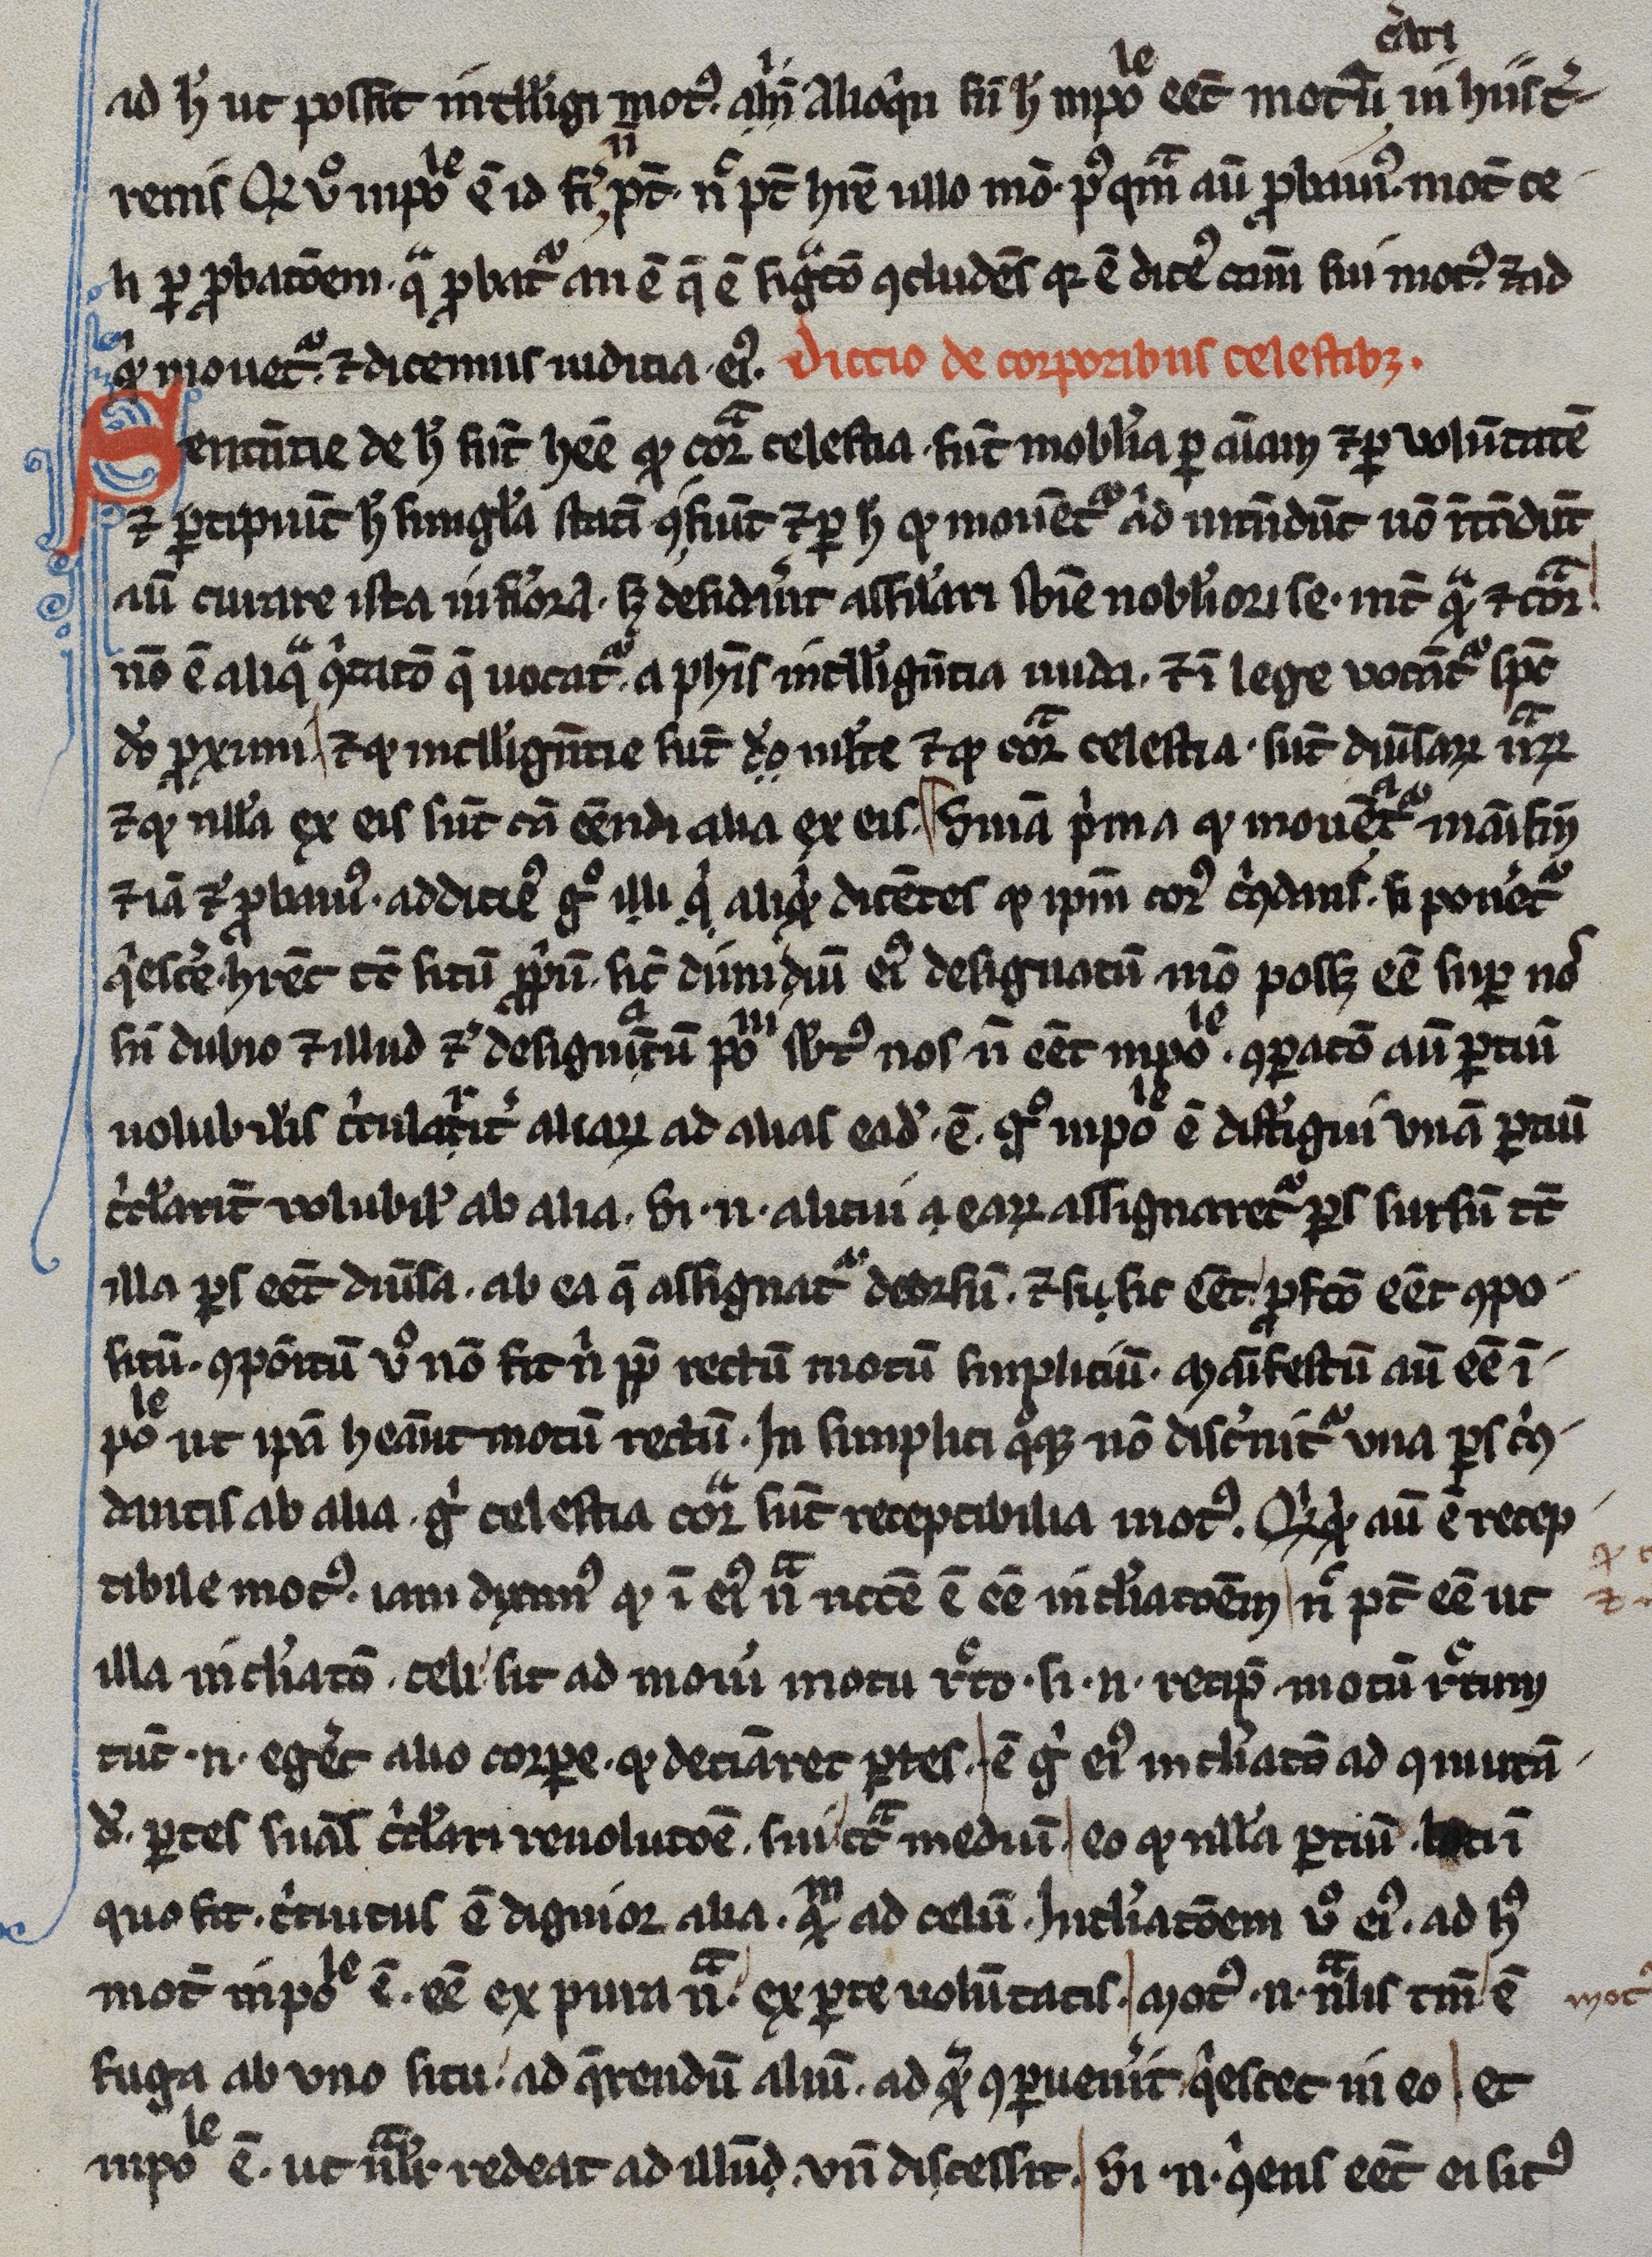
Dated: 1245–1255